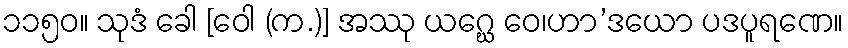
၁၁၅၀။ သုဒံ ခေါ [ဝေါ (က.)] အဿု ယဂ္ဃေ ဝေ၊ဟာ’ဒယော ပဒပူရဏေ။